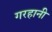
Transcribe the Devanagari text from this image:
गरहानी